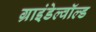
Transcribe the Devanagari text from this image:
ग्राइंडेल्वॉल्ड